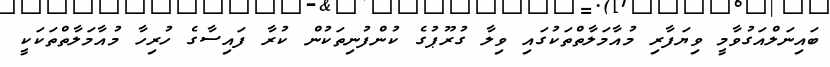
ބައިނަލްއަގުވާމީ ވިޔަފާރި މުއާމަލާތްތަކުގައި ވިލާ ގުރޫޕުގެ ކުންފުނިތަކުން ކުރާ ފައިސާގެ ހުރިހާ މުއާމަލާތްތަކަކީ